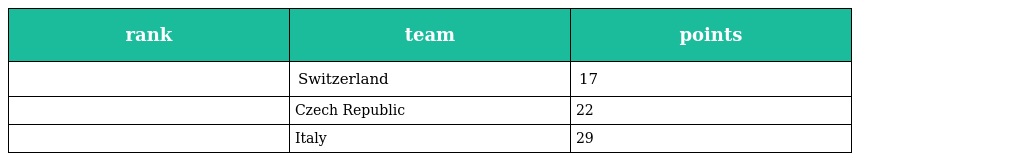
| rank | team | points |
 | --- | --- | --- |
 |  | Switzerland | 17 |
 |  | Czech Republic | 22 |
 |  | Italy | 29 |